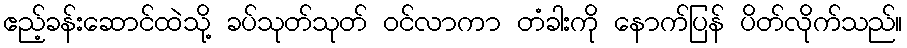
ဧည့်ခန်းဆောင်ထဲသို့ ခပ်သုတ်သုတ် ဝင်လာကာ တံခါးကို နောက်ပြန် ပိတ်လိုက်သည်။